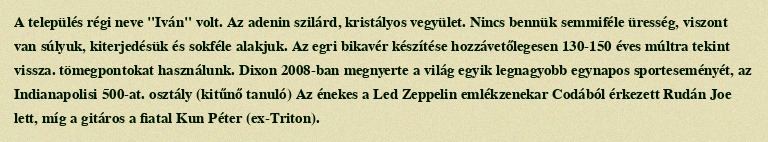
A település régi neve "Iván" volt. Az adenin szilárd, kristályos vegyület. Nincs bennük semmiféle üresség, viszont van súlyuk, kiterjedésük és sokféle alakjuk. Az egri bikavér készítése hozzávetőlegesen 130-150 éves múltra tekint vissza. tömegpontokat használunk. Dixon 2008-ban megnyerte a világ egyik legnagyobb egynapos sporteseményét, az Indianapolisi 500-at. osztály (kitűnő tanuló) Az énekes a Led Zeppelin emlékzenekar Codából érkezett Rudán Joe lett, míg a gitáros a fiatal Kun Péter (ex-Triton).